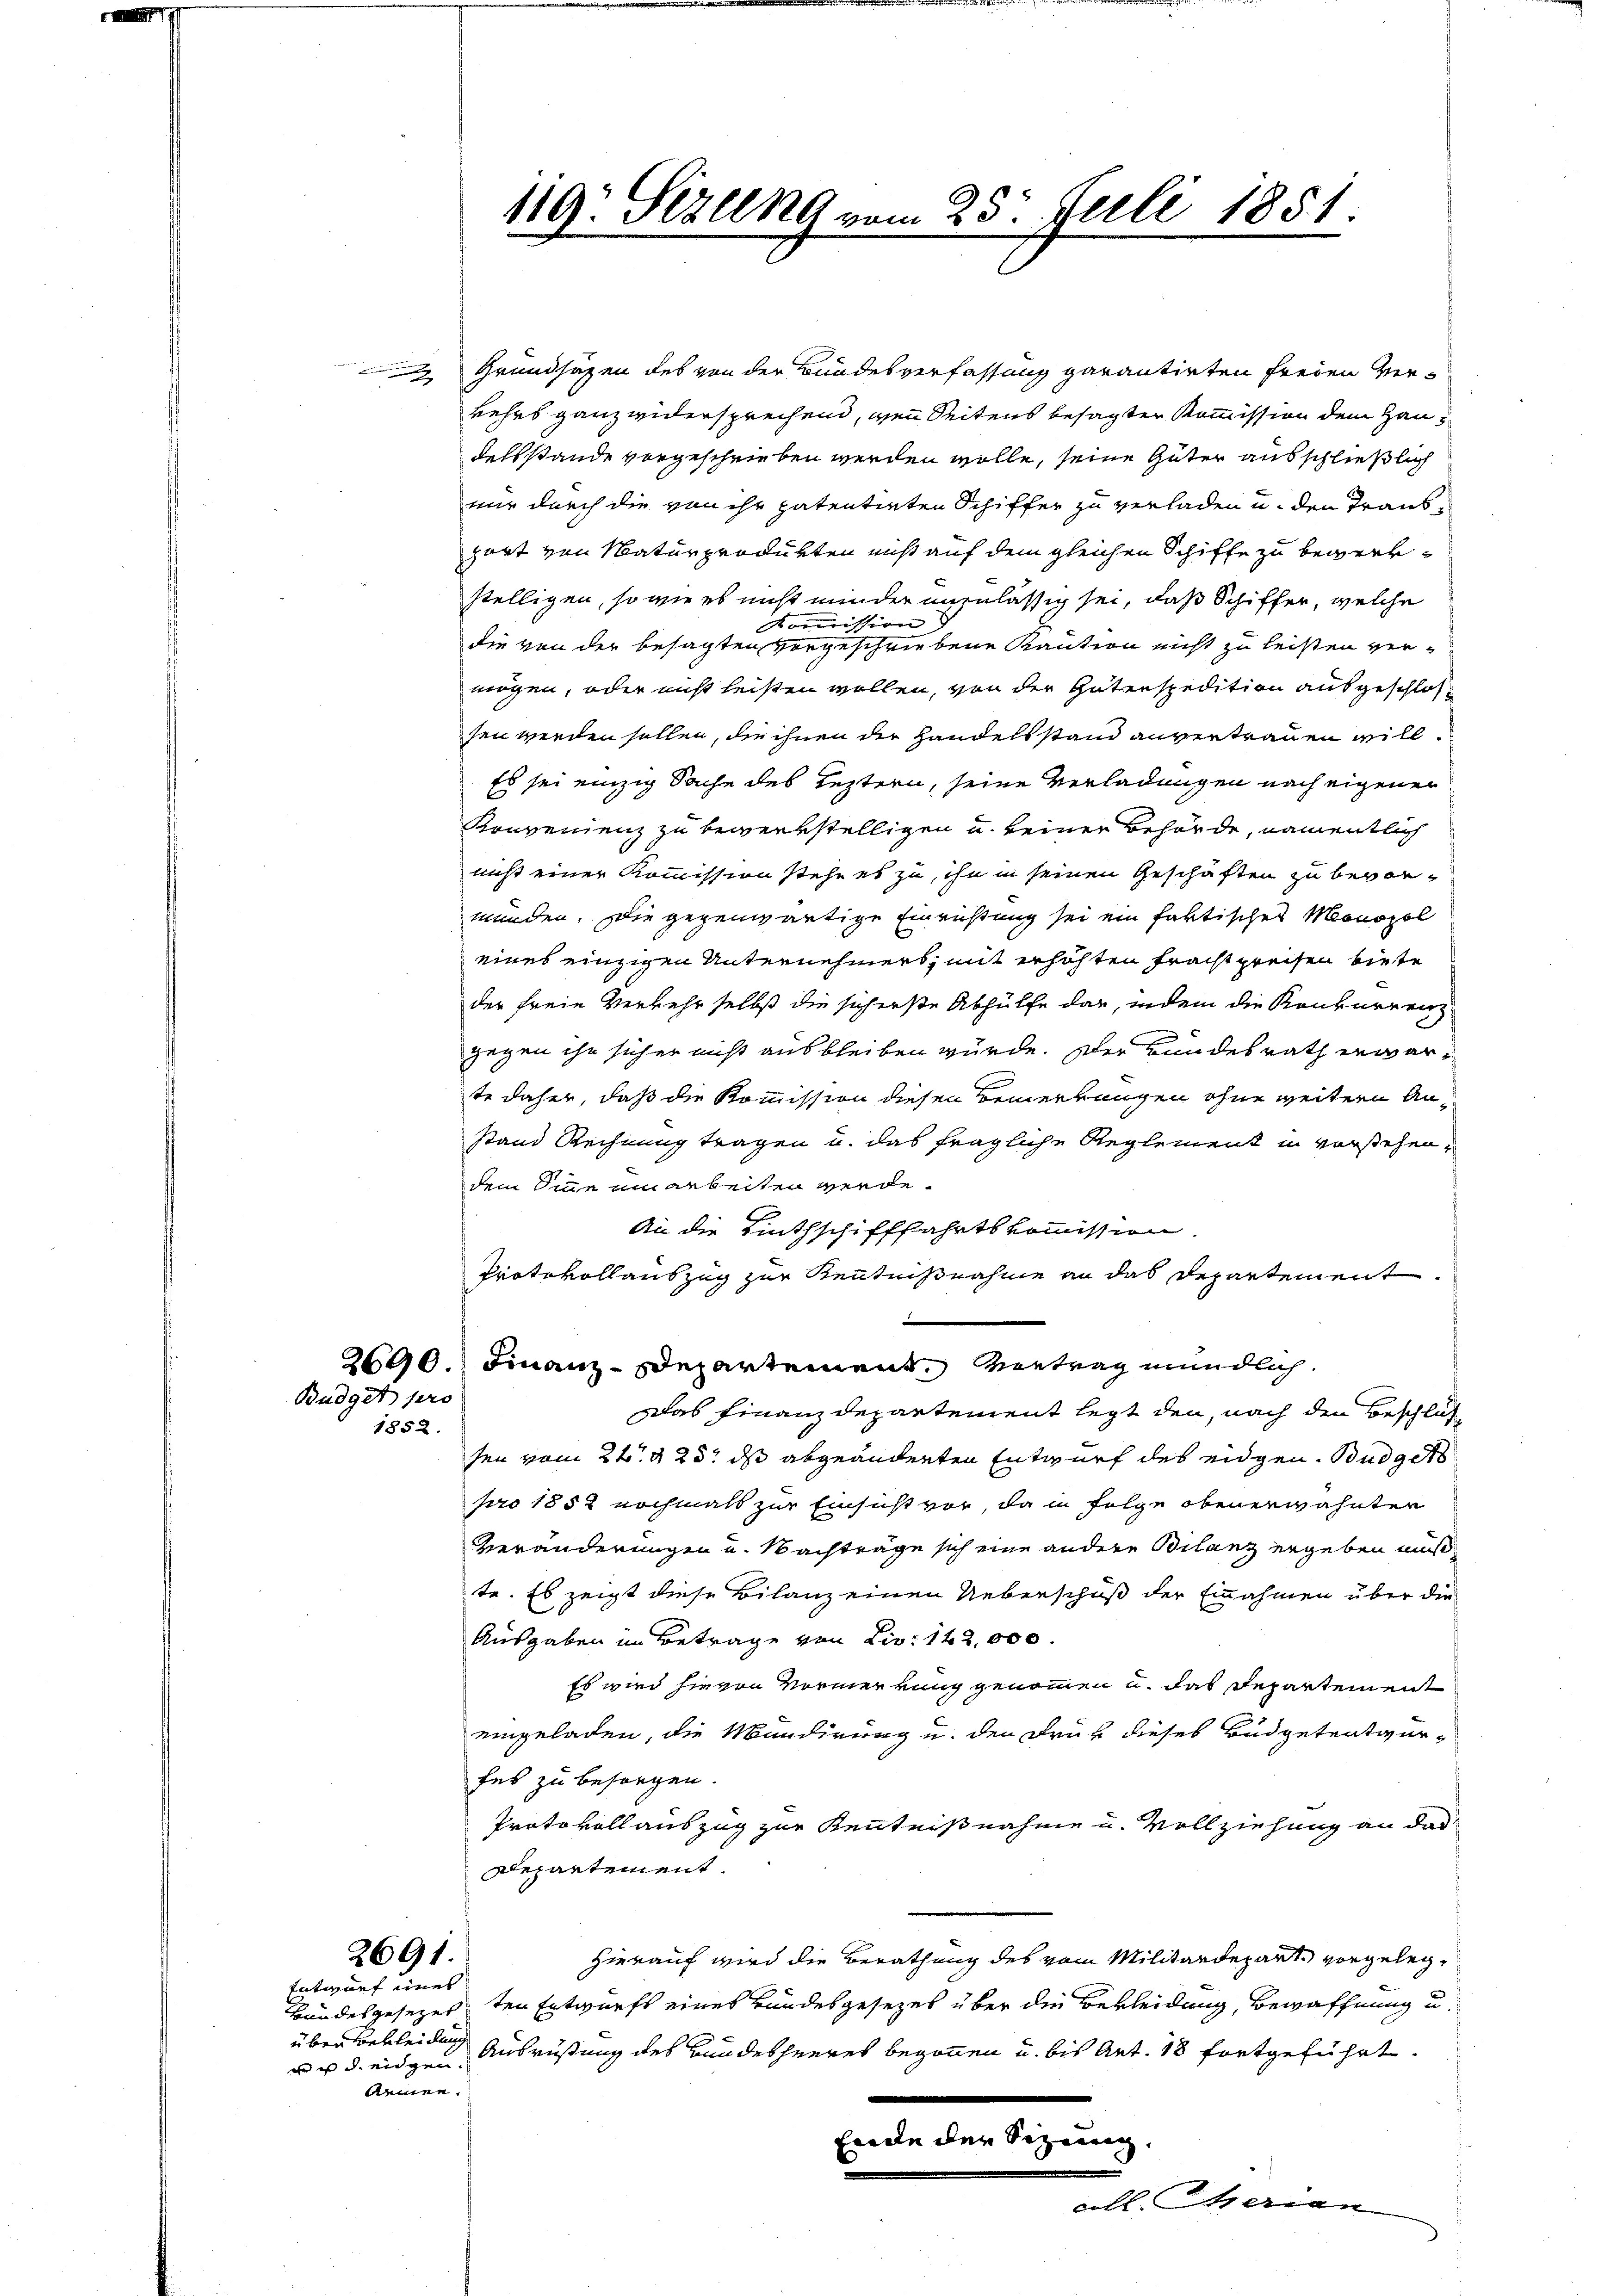
Budget sero
1852.

2691.
Entwurf eines

u es deidgen.
demen.

Grundhagen des von der Bundesverfassung garantirten Freien ver¬
Lehrs ganz widersprechend, wenn Seitens besagter Kommission dem Haudelsstande vorgeschrieben werden wolle, seine Güter ausschließlich
nur durch die von ihr patentirten Schiffer zu verladen u. den Transgart von Naturprodurten nicht auf dem gleichen Schiffe zu begrenstelligen, so wie es nicht minder uninlässig sei, daß Schiffer, welche
Kommission
die von der besagten vorgeschriebene Kaution nicht zu leisten vermögen, oder nicht leisten wollen, von der Gutenspedition ausgeschlossen werden sollen, die ihnen der Handelsstand anvertrauen will¬
Es sei einzig Sache des leztern, seine Verladungen nach eigenen
Konvenienz zu bewerkstelligen u. keiner Behörde, namentlich
nicht einer Kommission stehe es zu, ihn in seinen Geschäften zu bevor-
münden. Die gegenwärtige Einrichtung sei ein faktisches Monopol
eines einzigen Unternehmers, mit erhöhten Frachtpreisen biete
der freie Verkehr selbst die sich erste Abhülfe dar, indem die Konkurren
gegen ihr sich er nicht ausbleiben würde. Der Bundesrath erwarte daher, daß die Kommission diesen Bemerkungen ohne weitern Anstand Rechnung tragen u. das fragliche Reglement in vorstehendem Sinne ein arbeiten werde¬
An die Linthschifffahrtskommission.
Protokollauszug zur Kenntnißnahme an das Departement.
2690. Finanz-Departement. Vertrag mündlich
Das Finanzdepartement legt den, nach den Beschlüssen vom 24. d. 23. ds abgeänderten Entwurf des eidgen. Budget
pro 1852 nochmals zur Einsicht vor, da in Folge obenerwähnten
Veränderungen u. Nachträge sich eine andere Bilanz ergeben muß,
te. Es zeigt diese Bilanz einen Ueberschuß der Einnahmen über die
Ausgaben im Betrage von Liv: 142,000.
Es wird hievon Vormerkung genommen u. das Departement
eingeladen, die Mundirung u. den Früh dieses Büdgetentwurfes zu besorgen.
Protokoll auszug zur Kenntnißnahme u. Vollziehung an das
Departement.
Hierauf wird die Berathung des vom Militärdepart vorgeleg¬
Bundesgesezesten Entwurfs eines Bundesgesetzes über die Bekleidung, Bewaffnung u.
über bekleiden Ausrüstung des Bundesheeres begonnen u. bis Art. 18 fortgeführt.
Eine der Sitzung,

119 Stzung vom 28. Juli 1851.

serren